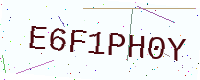
Text: E6F1PH0Y